Civil Veterinary Department. Madras. Admin. report 1926-33 - 1926-1933
Year: 1926
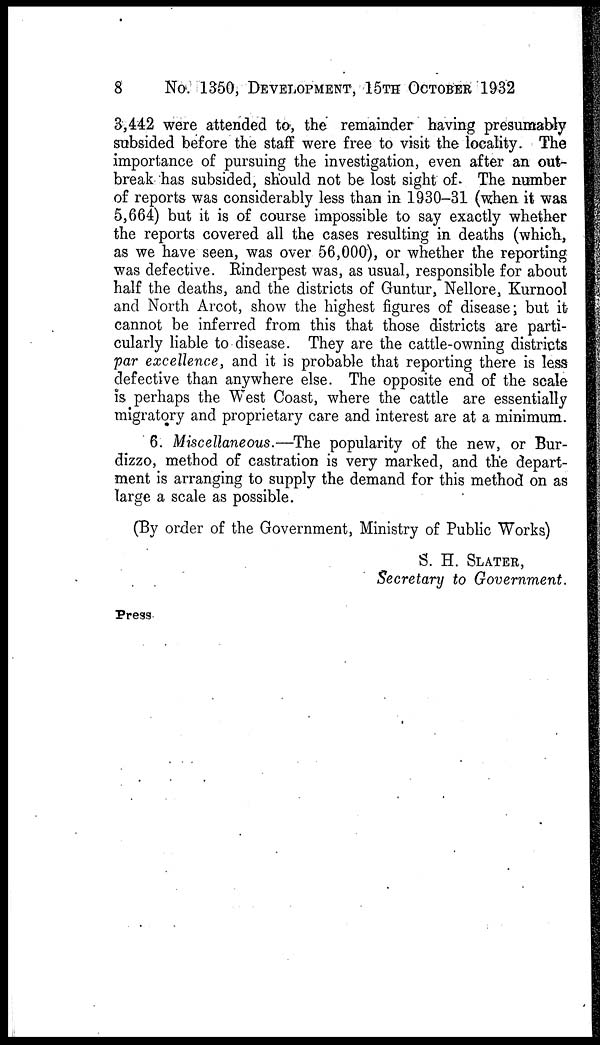
8 No. 1350, DEVELOPMENT, 15TH OCTOBER 1932
3,442 were attended to, the remainder having presumably
subsided before the staff were free to visit the locality. The
importance of pursuing the investigation, even after an out-
break has subsided, should not be lost sight of The number
of reports was considerably less than in 1930-31 (when it was
5,664) but it is of course impossible to say exactly whether
the reports covered all the cases resulting in deaths (which,
as we have seen, was over 56,000), or whether the reporting
was defective. Rinderpest was, as usual, responsible for about
half the deaths, and the districts of Guntur, Nellore, Kurnool
and North Arcot, show the highest figures of disease; but it
cannot be inferred from this that those districts are parti-
cularly liable to disease. They are the cattle-owning districts
par excellence, and it is probable that reporting there is less
defective than anywhere else. The opposite end of the scale
is perhaps the West Coast, where the cattle are essentially
migratory and proprietary care and interest are at a minimum.
6. Miscellaneous.—The popularity of the new, or Bur-
dizzo, method of castration is very marked, and the depart-
ment is arranging to supply the demand for this method on as
large a scale as possible.
(By order of the Government, Ministry of Public Works)
S. H. SLATER,
Secretary to Government.
Press